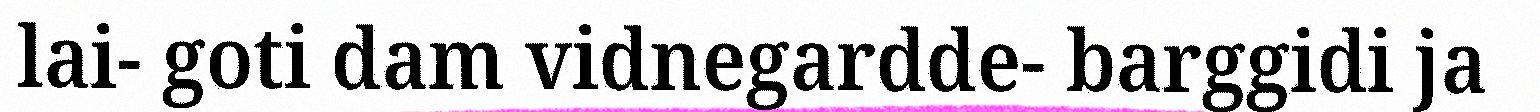
lai- goti dam vidnegardde- barggidi ja